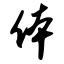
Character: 体